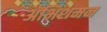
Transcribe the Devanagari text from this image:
अभिशमन